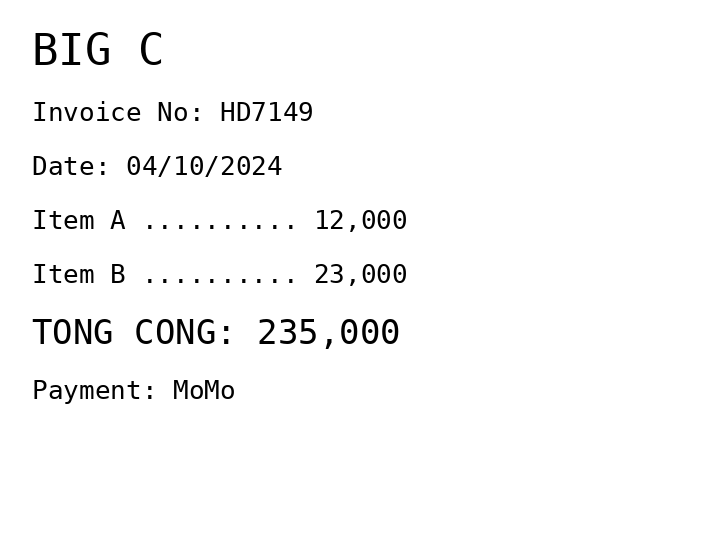
BIG C
Invoice No: HD7149
Date: 04/10/2024
Item A .......... 12,000
Item B .......... 23,000
TONG CONG: 235,000
Payment: MoMo
Merchant: big c
Date: 2024-10-04
Total: 235000
Invoice No: HD7149
Payment method: MOMO